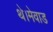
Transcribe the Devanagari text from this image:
थे।मेवाड